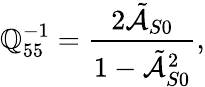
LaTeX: \mathbb{Q}_{55}^{-1}=\frac{{2\tilde{{\mathcal{{A}}}}_{S0}}}{{1-\tilde{{\mathcal{{A}}}}_{S0}^{2}}},